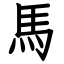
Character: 馬